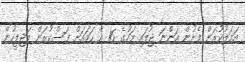
އަމަލުކުރަން ފެށުން އަންނަ ޖުލައި މަހުގެ 16 އާ ހަމައަށް ފަސްކުރަން މަޖިލީހުން